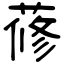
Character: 蓚